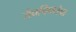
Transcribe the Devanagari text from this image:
जैवविधतेचा